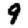
Digit: 9